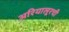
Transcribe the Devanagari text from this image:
अरियालूरची